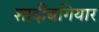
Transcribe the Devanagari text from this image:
शादीबगियार